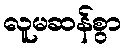
လူမဆန်စွာ